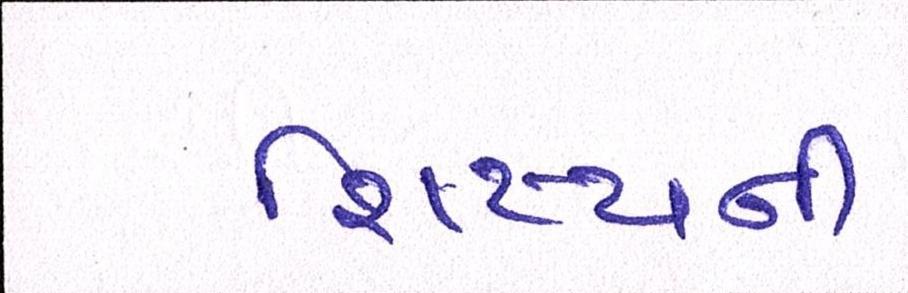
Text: શિષ્યની